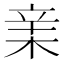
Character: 𣓀